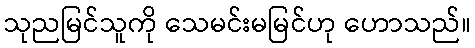
သုညမြင်သူကို သေမင်းမမြင်ဟု ဟောသည်။